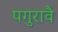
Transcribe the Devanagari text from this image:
पगुरावै